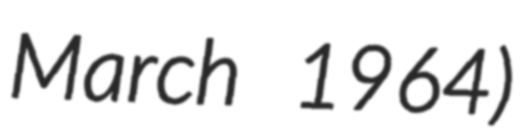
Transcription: March 1964)